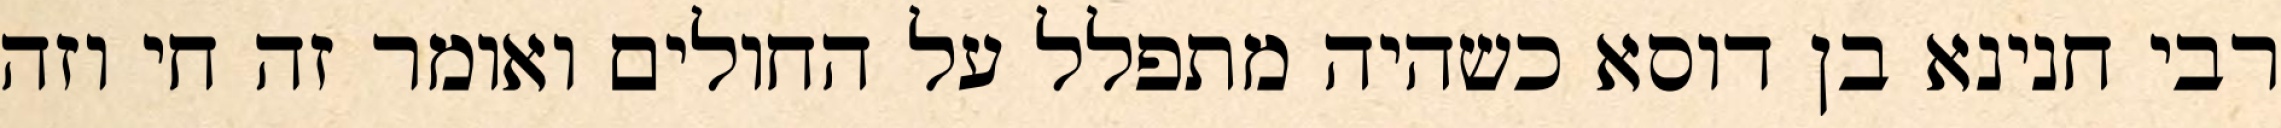
רבי חנינא בן דוסא כשהיה מתפלל על החולים ואומר זה חי וזה